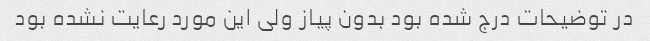
در توضیحات درج شده بود بدون پیاز ولی این مورد رعایت نشده بود